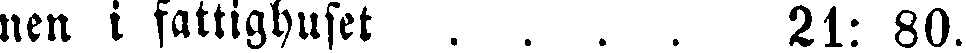
nen i fattighuset . . . . 21: 80.